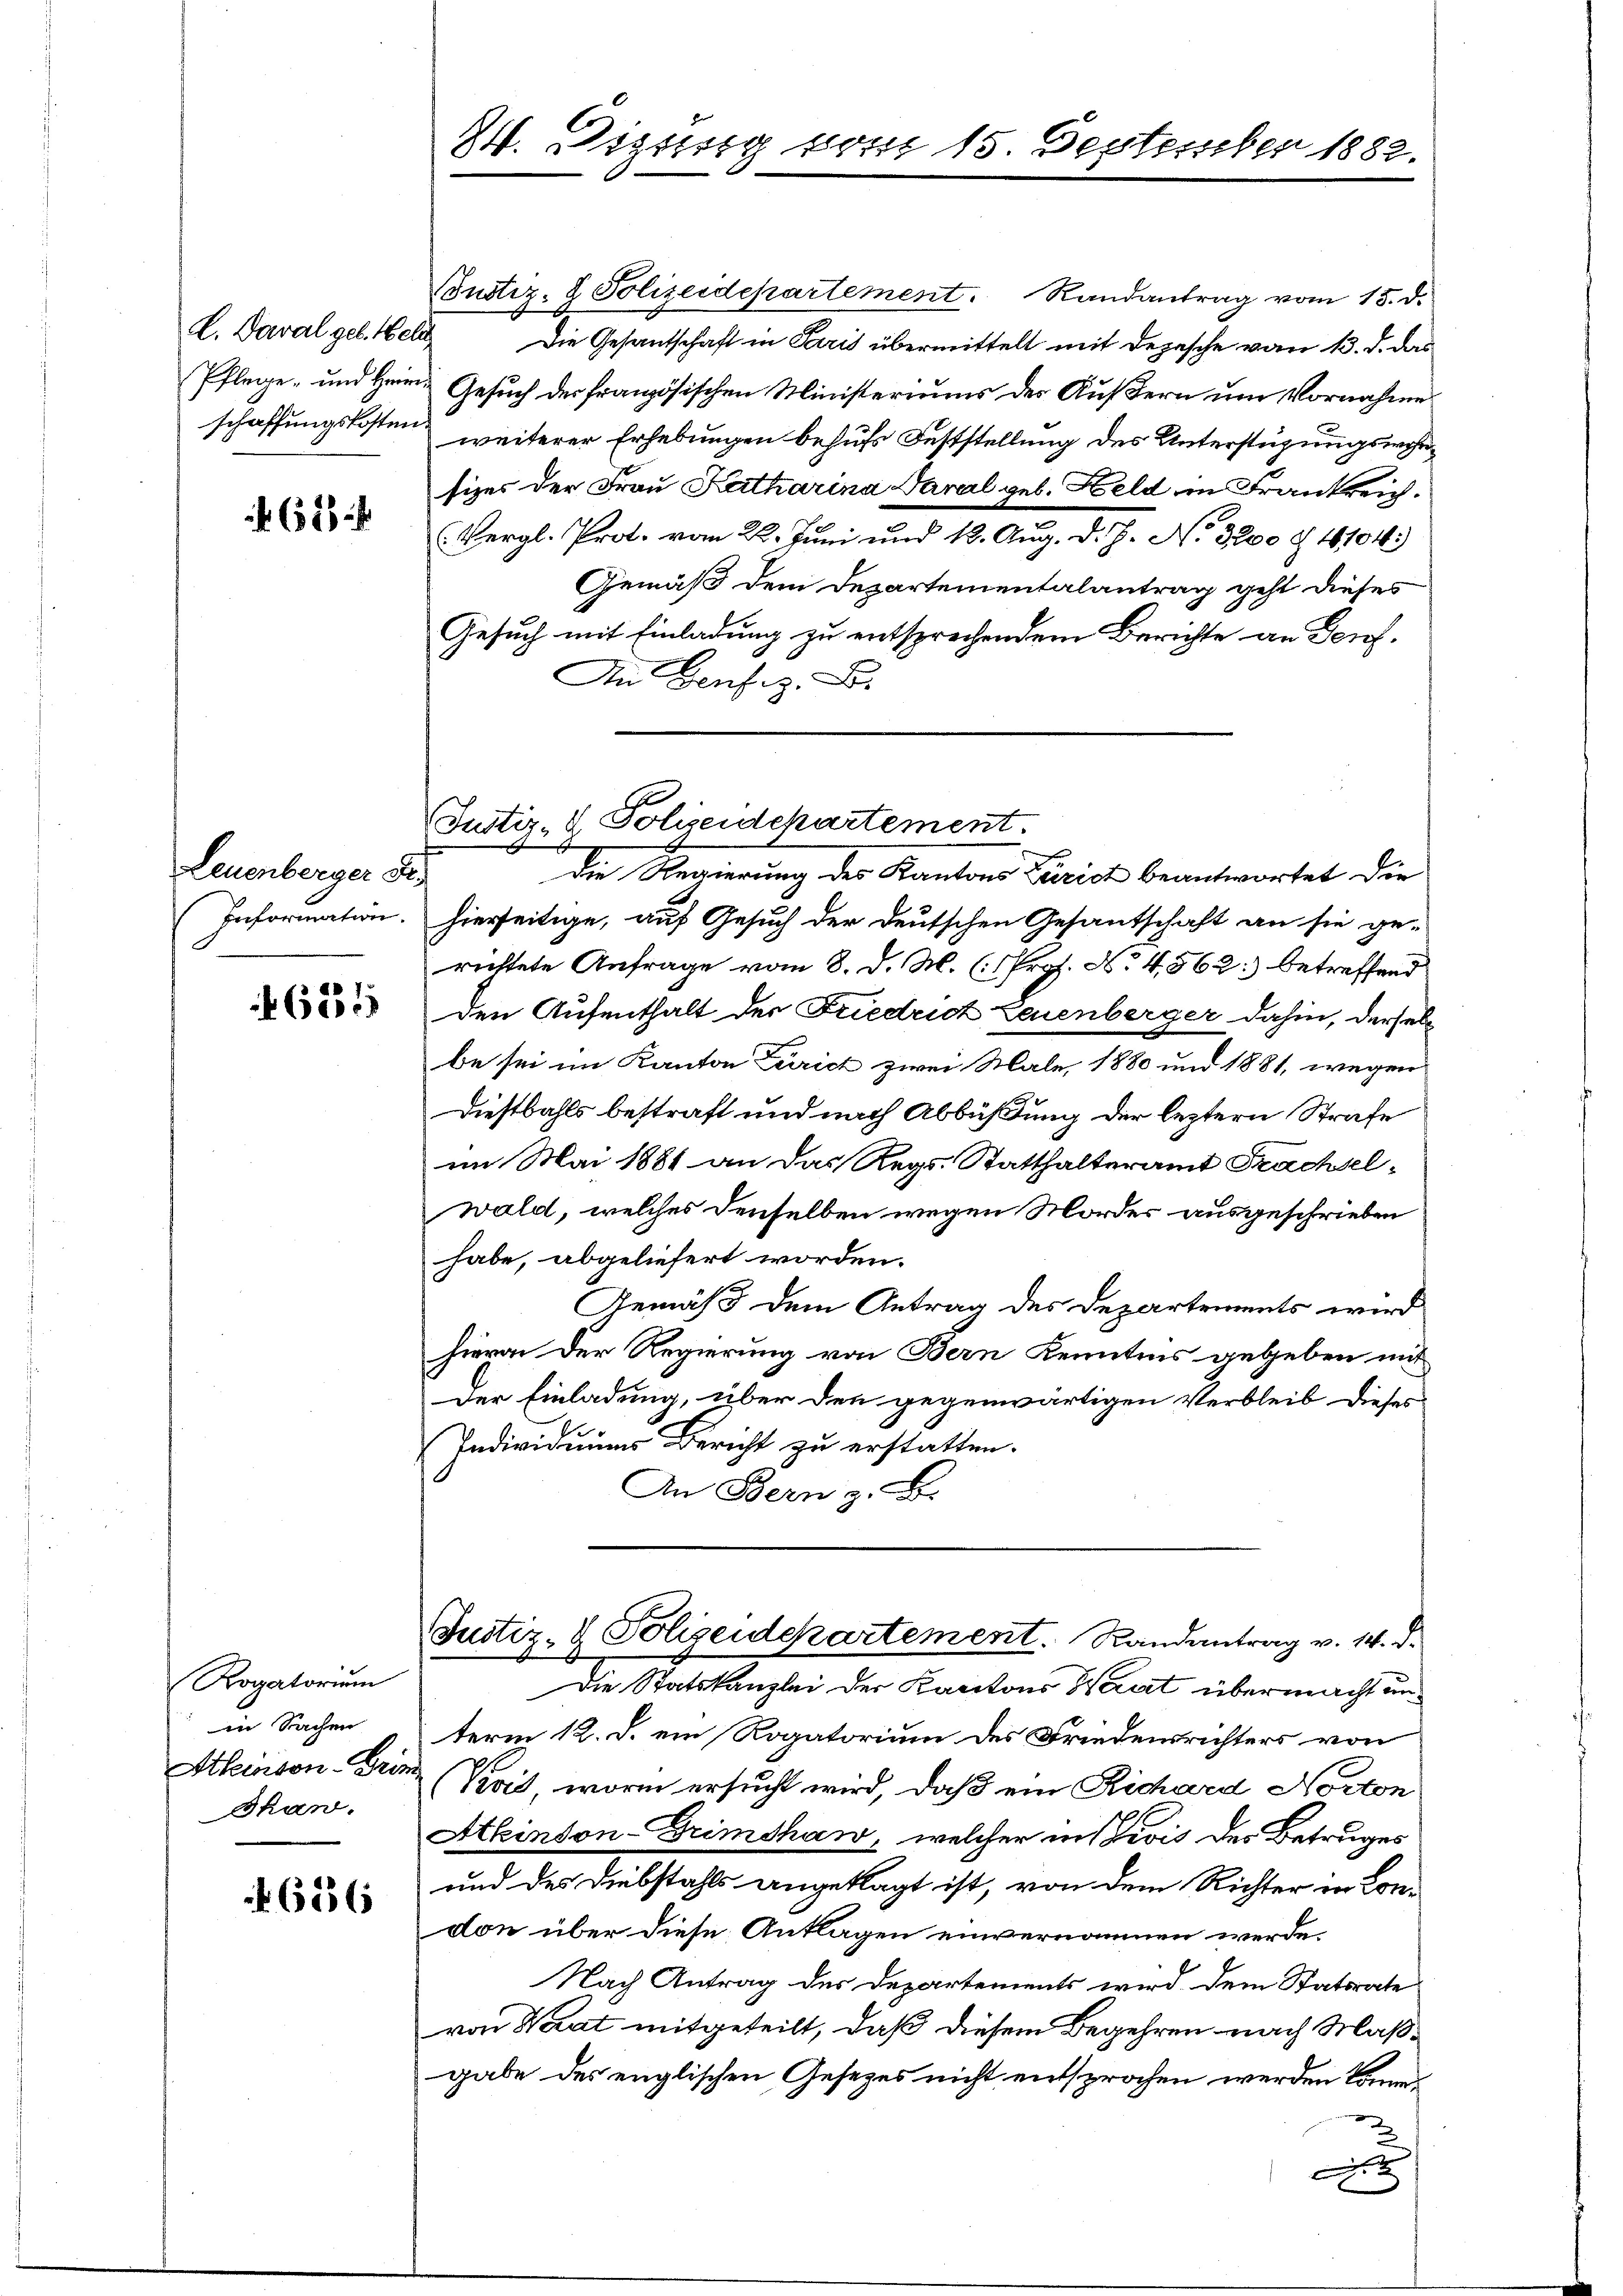
L. Daval geb. Hele
schaffungskosten.

62

Leuenberger Fr.
Information.

621

Rogatorium
Athenton - Grim
Than.

656

84. Dizung vom 15 September 1882.

Justiz- & Polizeidepartement. Randantrag vom 15. d.

Justiz- & Polizeidekartement.

Die Gesantschaft in Paris übermittelt mit Depesche vom 13. d. das
Pflege- und Heim Gesuch der französischen Ministeriums der Äußern um Vornahme
weiterer Erhebungen behufs Feststellung des Unterstüzungswohnsizes der Frau Katharina Paral geb. Held in Frankreich.
Vergl. Prot. vom 22. Juni und 12. Aug. d. J. No. 3200 § 1104.)
Gemäß dem Departementalantrag geht dieses
Gesuch mit Einladung zu entsprechendem Berichte an Genf.
An Genf z. B.
Die Regierung des Kantons Zürich beantwortet die
hierseitige, auf Gesuch der deutschen Gesantschaft an sie ge-
richtete Anfrage vom 8. d. M. (Prof. No. 4562: betreffend
Den Aufenthalt der Friedrich Leuenberger dahin, derselbe sei im Kanton Zürich zwei Male, 1880 und 1881, wegen
Diesbahls bestraft und nach Abbüßung der leztern Strafe
im Mai 1881 an das Regs. Statthalteramt Trachselwald, welches denselben wegen Mordes ausgeschrieben
habe, abgeliefert worden.
Gemäß dem Antrag des Departements wird
hieran der Regierung von Bern Kenntnis gegeben mit
Der Einladung, über den gegenwärtigen Verbleib dieses
Individuums Bericht zu erstatten.
An Bern z. B.
Justiz- & Polizeidepartement. Randantrag v. 14. d.
Die Statskanzlei der Kantons Waart übermacht unin Sachen term 12. d. ein Rogatorium des Friedensrichters von
(Kait, worin ersucht wird, daß ein Richard Norton
Akinson-Drimshaw, welcher in Divis des Betruges
und des Diebstahls angeklagt ist, von dem Richter in Condon über diese Anklagen einvernommen werde.
Nach Antrag des Departements wird dem Statsrate
von Waat mitgeteilt, daß diesem Begehren nach Maßgabe des englischen Gesezes nicht entsprochen werden könne.
A